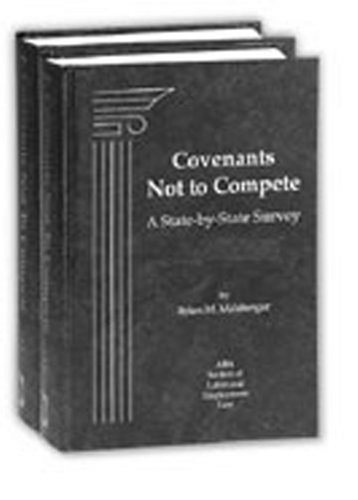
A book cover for Covenants Not to Compete, 5th Edition (Complete Set); Brian M. Malsberger; Law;